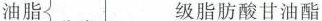
油脂 级脂肪酸甘油酯